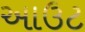
આઉટ